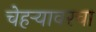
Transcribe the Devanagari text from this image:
चेहऱ्यावरचा